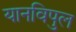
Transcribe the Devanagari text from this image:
यानविपुल